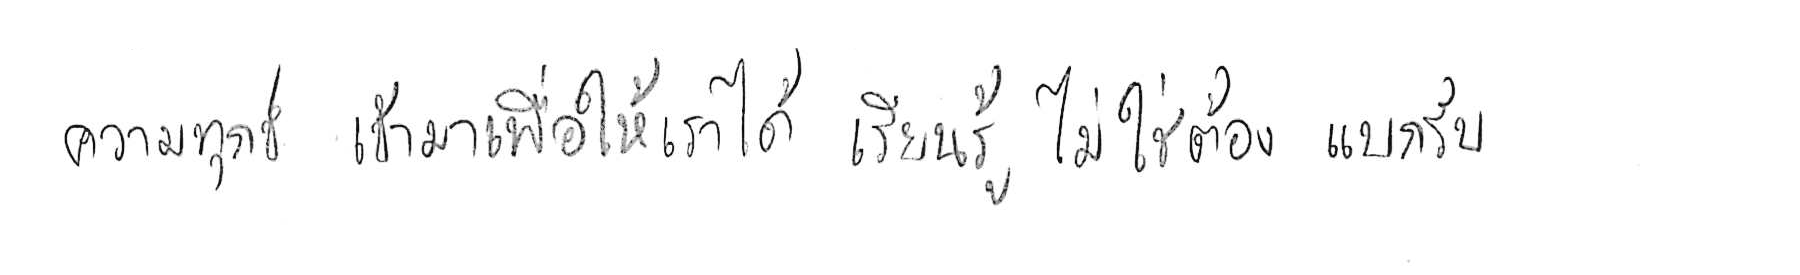
ความทุกข์ เข้ามาเพื่อให้เราได้ เรียนรู้ ไม่ใช่ต้อง แบกรับ